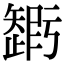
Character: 𥐃